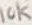
Text: 10K